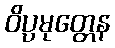
ဝိပ္ပမုတ္တေန